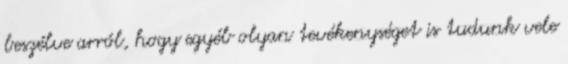
beszélve arról, hogy egyéb olyan tevékenységet is tudunk vele